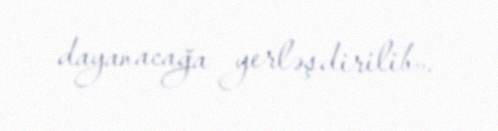
dayanacağa yerləşdirilib».